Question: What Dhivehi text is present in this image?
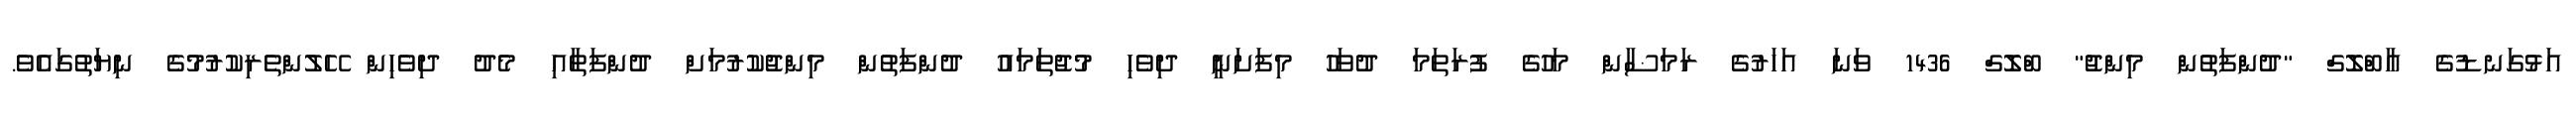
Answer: އަޅުގަނޑުގެ އާބްލޮގް "ދުންފަތުން މިންޖު" ބްލޮގް 1436 ވަނަ އަހަރުގެ ރަމަޟާން މަހުގެ ފުރަތަމަ ދުވަހު މިފަށަނީ ދިވެހި މުޖުތަމައު ދުންފަތުން މިންޖުކުރުމަށް ދުންފަތާއި މެދު ދިވެހިން ހޭލުންތެރިކުރުމުގެ ނިޔަތުގައެވެ.